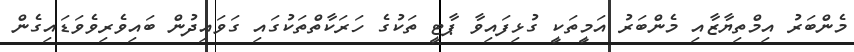
މެންބަރު އިމްތިޔާޒާއި މެންބަރު އަމީތަކީ ގުޅިފައިވާ ޕާޓީ ތަކުގެ ހަރަކާތްތަކުގައި ގަވައިދުން ބައިވެރިވެވަޑައިގެން